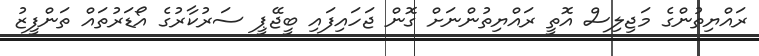
ރައްޔިތުންގެ މަޖިލިސް އޮތީ ރައްޔިތުންނަށް ގޮން ޖަހައިފައި ބީޖޭޕީ ސަރުކާރުގެ އޯޑަރުތައް ތަންފީޒު